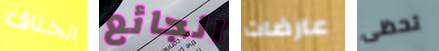
الخناق الجائع عارضات تحظى